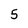
Character: 5